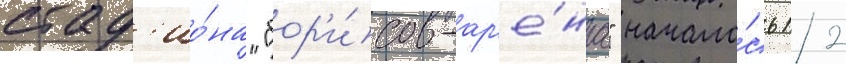
стад'ио́на "бор'и́сов-ар'е́на" начало́сь 12